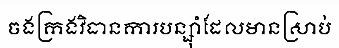
ចងក្រងវិធានការបន្ស៊ាំដែលមានស្រាប់